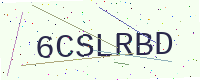
Text: 6CSLRBD